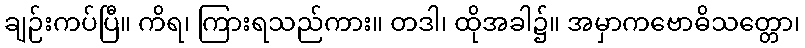
ချဉ်းကပ်ပြီ။ ကိရ၊ ကြားရသည်ကား။ တဒါ၊ ထိုအခါ၌။ အမှာကဗောဓိသတ္တော၊